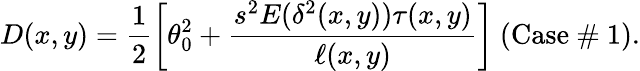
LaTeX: D(x,y)=\frac{1}{2}\left[\theta_{0}^{2}+\frac{s^{2}E(\delta^{2}(x,y))\tau(x,y)}{\ell(x,y)}\right]~\textrm{(Case~\# 1)}.